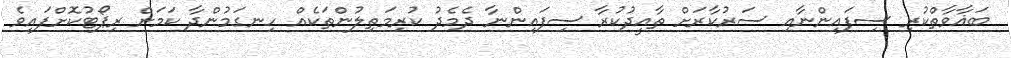
ބަޣާވާތްކުރި ސިފައިންނާއި ސަރުކާރަށް ތާއީދުކުރާ ސިފައިންނާ ދެމެދު ކުރިމަތިލުންތަކެއް ހިނގަމުންދާ ކަމަށް ރިޕޯޓުކޮށްފައިވެ